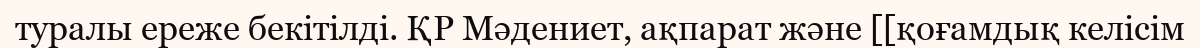
туралы ереже бекітілді. ҚР Мәдениет, ақпарат және [[қоғамдық келісім